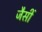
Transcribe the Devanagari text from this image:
जैसीं